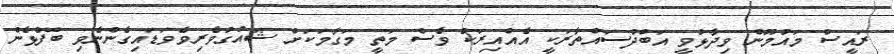
ރައީސް މައުމޫން ވިދާޅުވީ އަބްދުސައްތާރަކީ އެއްއިރަކު ވެސް މަތީ މަގާމަކަށް ޝައުގުވެރިވެވަޑައިގެންނެވި ބޭފުޅެން